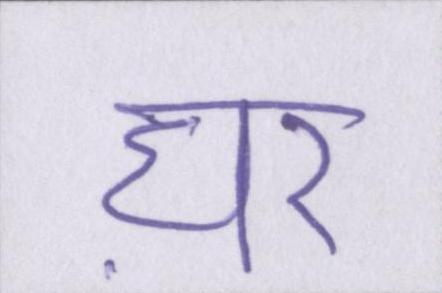
घऱ